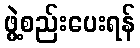
ဖွဲ့စည်းပေးရန်